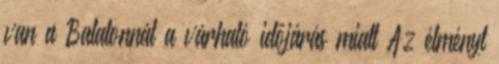
van a Balatonnál a várható időjárás miatt Az élményt